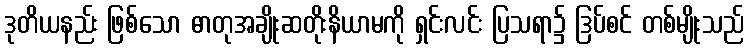
ဒုတိယနည်း ဖြစ်သော ဓာတုအချိုးဆတိုးနိယာမကို ရှင်းလင်း ပြသရာ၌ ဒြပ်စင် တစ်မျိုးသည်